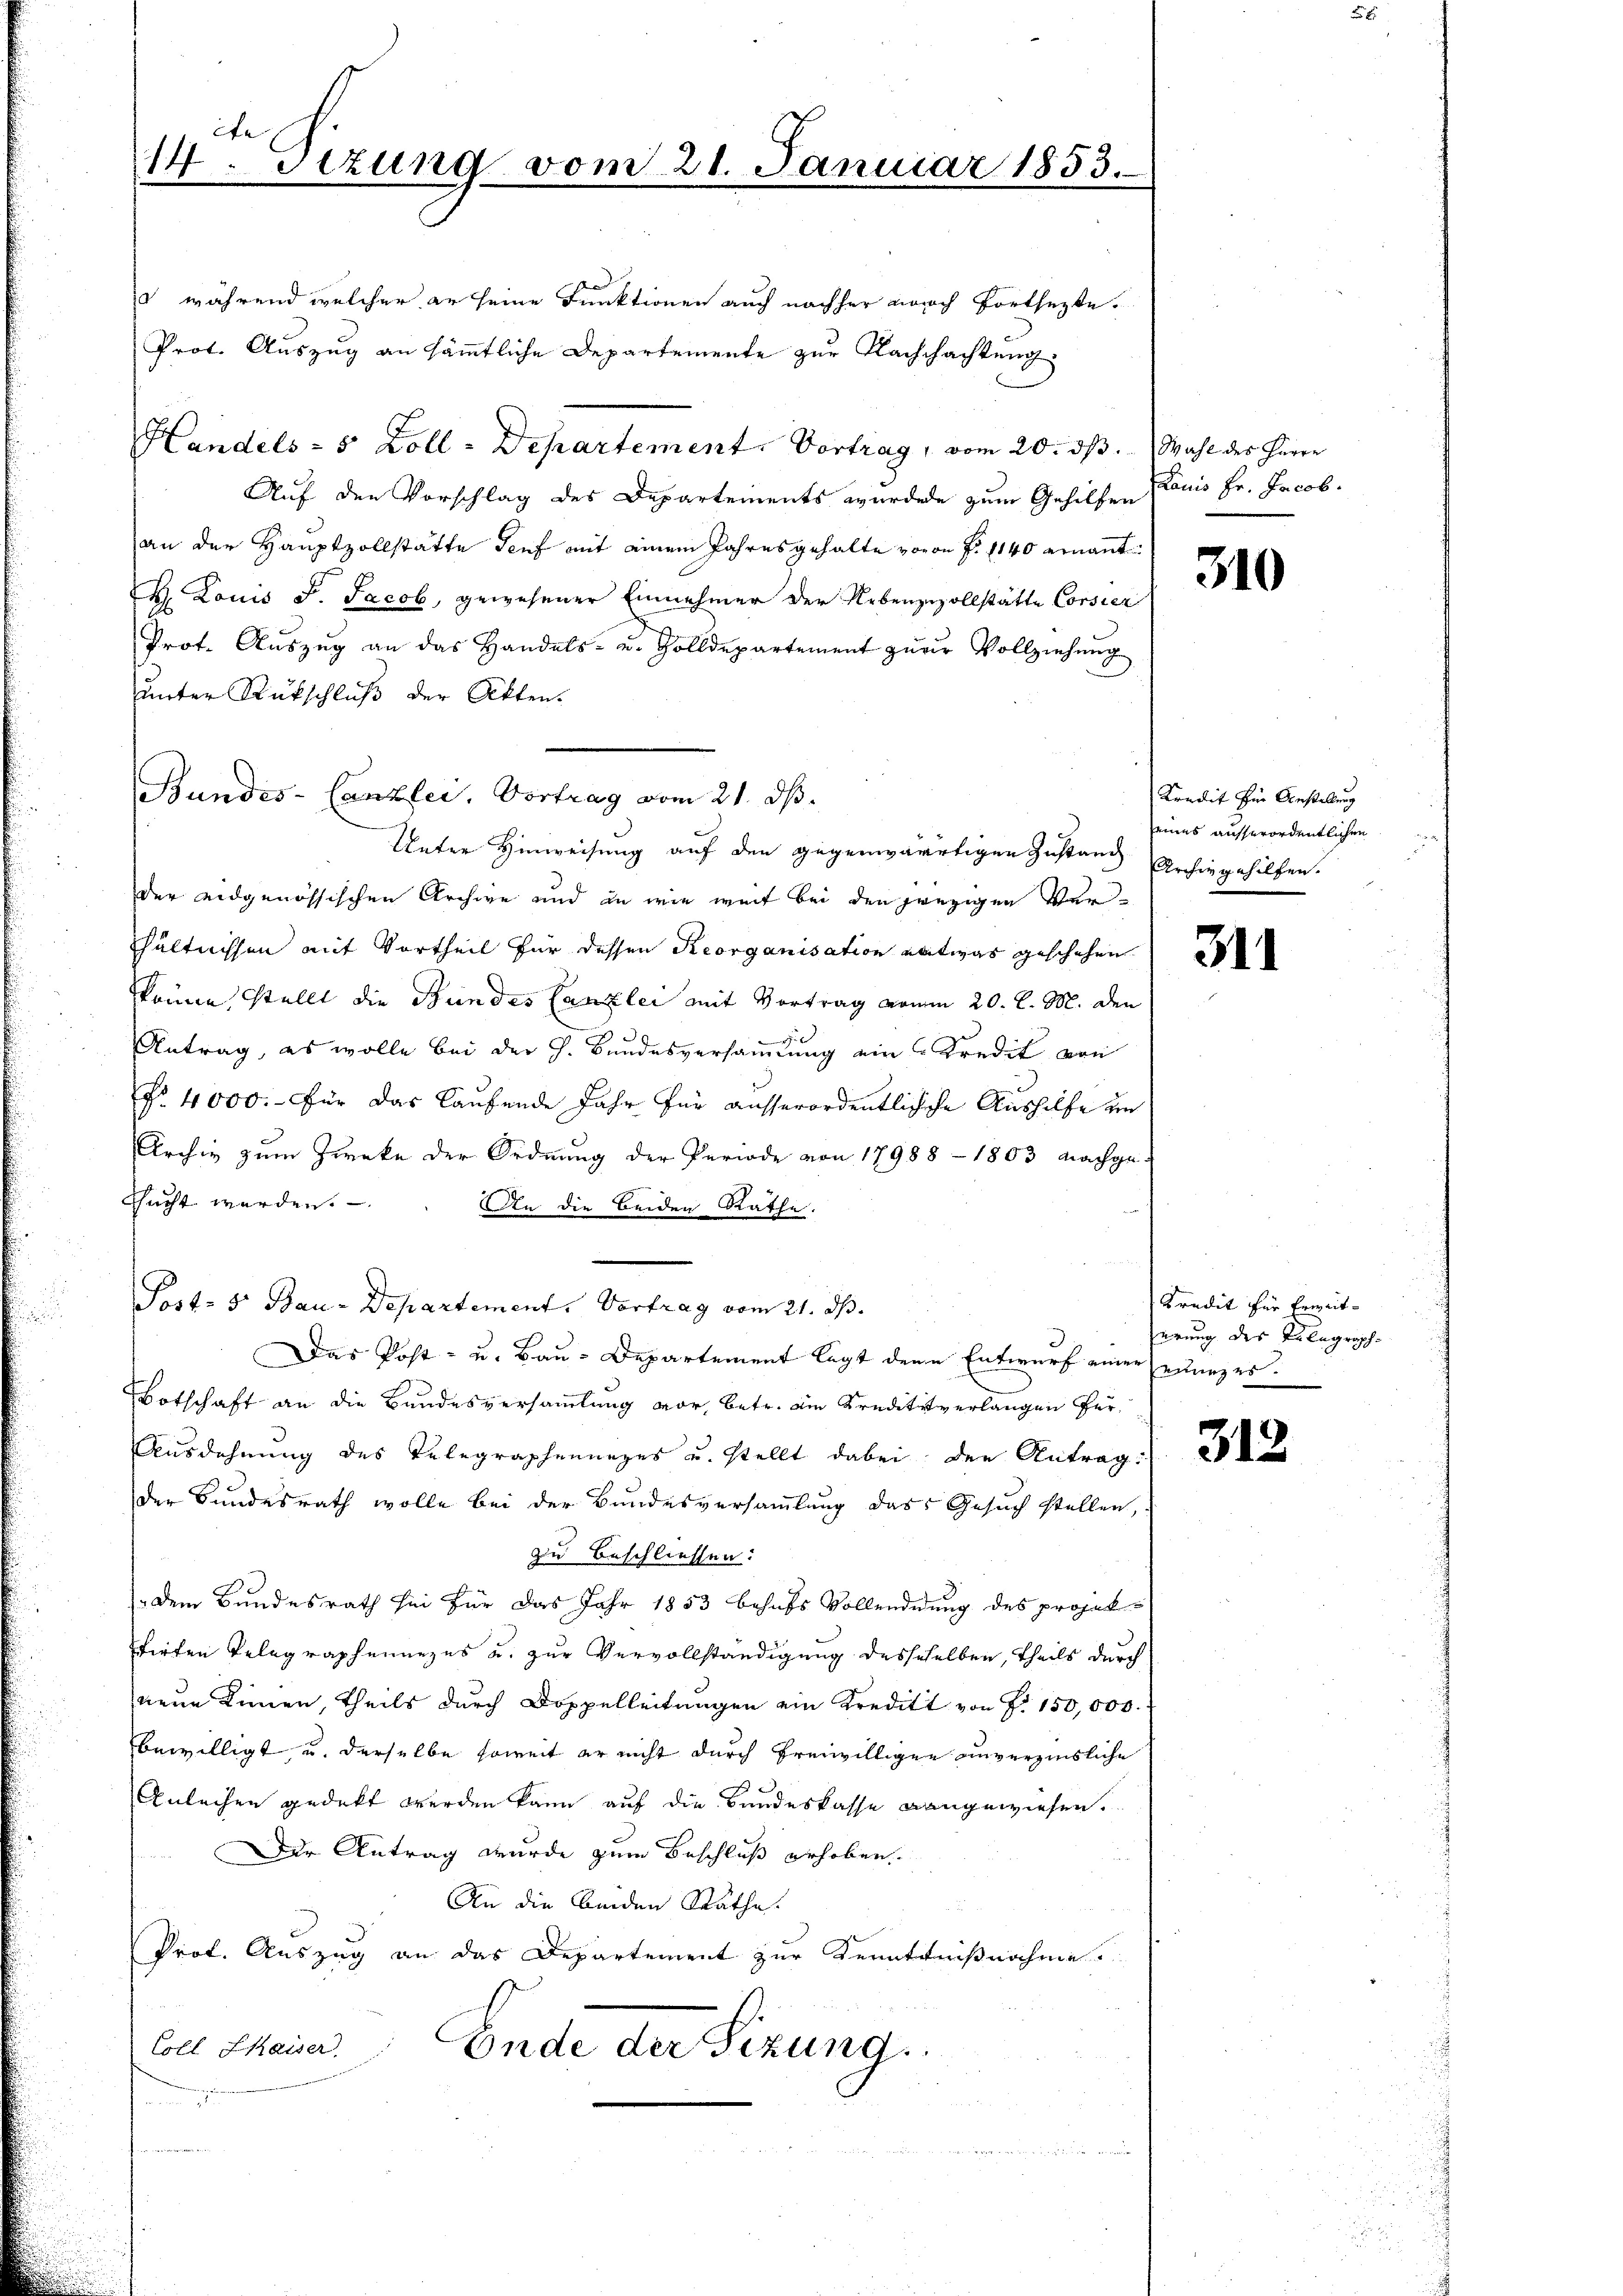
cte
14. Dezung vom 21. Januar 1853.

u während welcher er seine Funktionen auch nachher noch fortsetzte.
Prot. Auszug an sämtliche Departemente zur Nachschachtung
Handels- 5 Zoll-Departement. Vortrag, vom 20. ds. Wahl des Herre
Auf den Vorschlag des Departements wurdete zum Gehilfen (lauis Fr. Jacob.
an der Hauptzollstätte Genf mit einem Jahresgehalte voran f. 1140 ernannt
H. Louis J. Jacob, gewesener Einnehmer der Nebenzzollstätte Corsier
Prot. Aŭszŭg an das Handels- u. Zolldepartement zŭr Vollziehŭng
unter Rückschluß der Akten.
Unter Hinweisung auf den gegenwärtigen Zustand erhingehilfen.
der eidgenössischen Archive und in wie weit bei den prezigen Vershältnissen mit Vortheil für dessen Reorganisation entwas geschehen
könne, stellt die Bundes Canzlei mit Vortrag vom 20. d. M. den
Antrag, es wolle bei der h. Bundesversammlung ein Kredit von
No 4000. für das laufende Jahr für ausserordentlichsche Aushilfe in
Archiv zum Zwecke der Ordnung der Periode von 17988 - 1803 nachge-
sucht werden.
An die beiden Rathe.
e
Post- & Bau-Departement. Vortrag vom 21. ds.
Das Post- u. Bau-Departement legt denn Entwurf einer einzes.
Botschaft an die Bundesversammlung vor, betr. ein Kreditverlangen für
Ausdehnung des Telegraphenunges u. stellt dabei den Antrag:
der Bundesrath wolle bei der Bundesversammlung das Gesuch stellen,
z Beschliessen:
dem Bundesrath sei für das Jahr 1853 behufs Vollendung des projekfirten Telegraphennezes u. zur Vervollständigung desseselben, theils durch
neue Sinnen, theils durch Doppelleitungen ein Kreditt von P. 150,000.
bewilligt, u. derselbe soweit er nicht durch freiwilligen unverzinsliche
Anleihen gedeckt werden kann auf die Bundeskasse mangewiesen.
Der Antrag wurde zum Beschluß erhoben.
An die binden Rathe
Prof. Auszug an das Departement zur Kenntnißnahme.
Coll Chaiser. Ende der Sizung.
und
n einer S
r

Bundes-Canzlei. Vortrag vom 21. ds.

310

Kredit fin Anstellung
seines ausserordentlichen

311

Kredit für Erweitserung des Klagraph

312